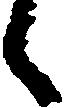
候